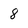
Character: 8